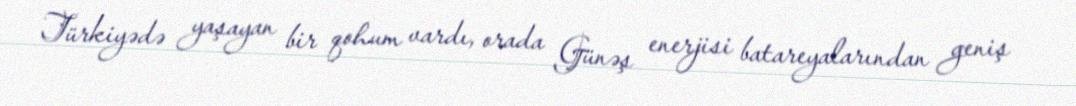
Türkiyədə yaşayan bir qohum vardı, orada Günəş enerjisi batareyalarından geniş